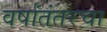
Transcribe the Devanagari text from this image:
वर्षांतंतरचा